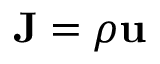
\mathbf { J } = \rho \mathbf { u }